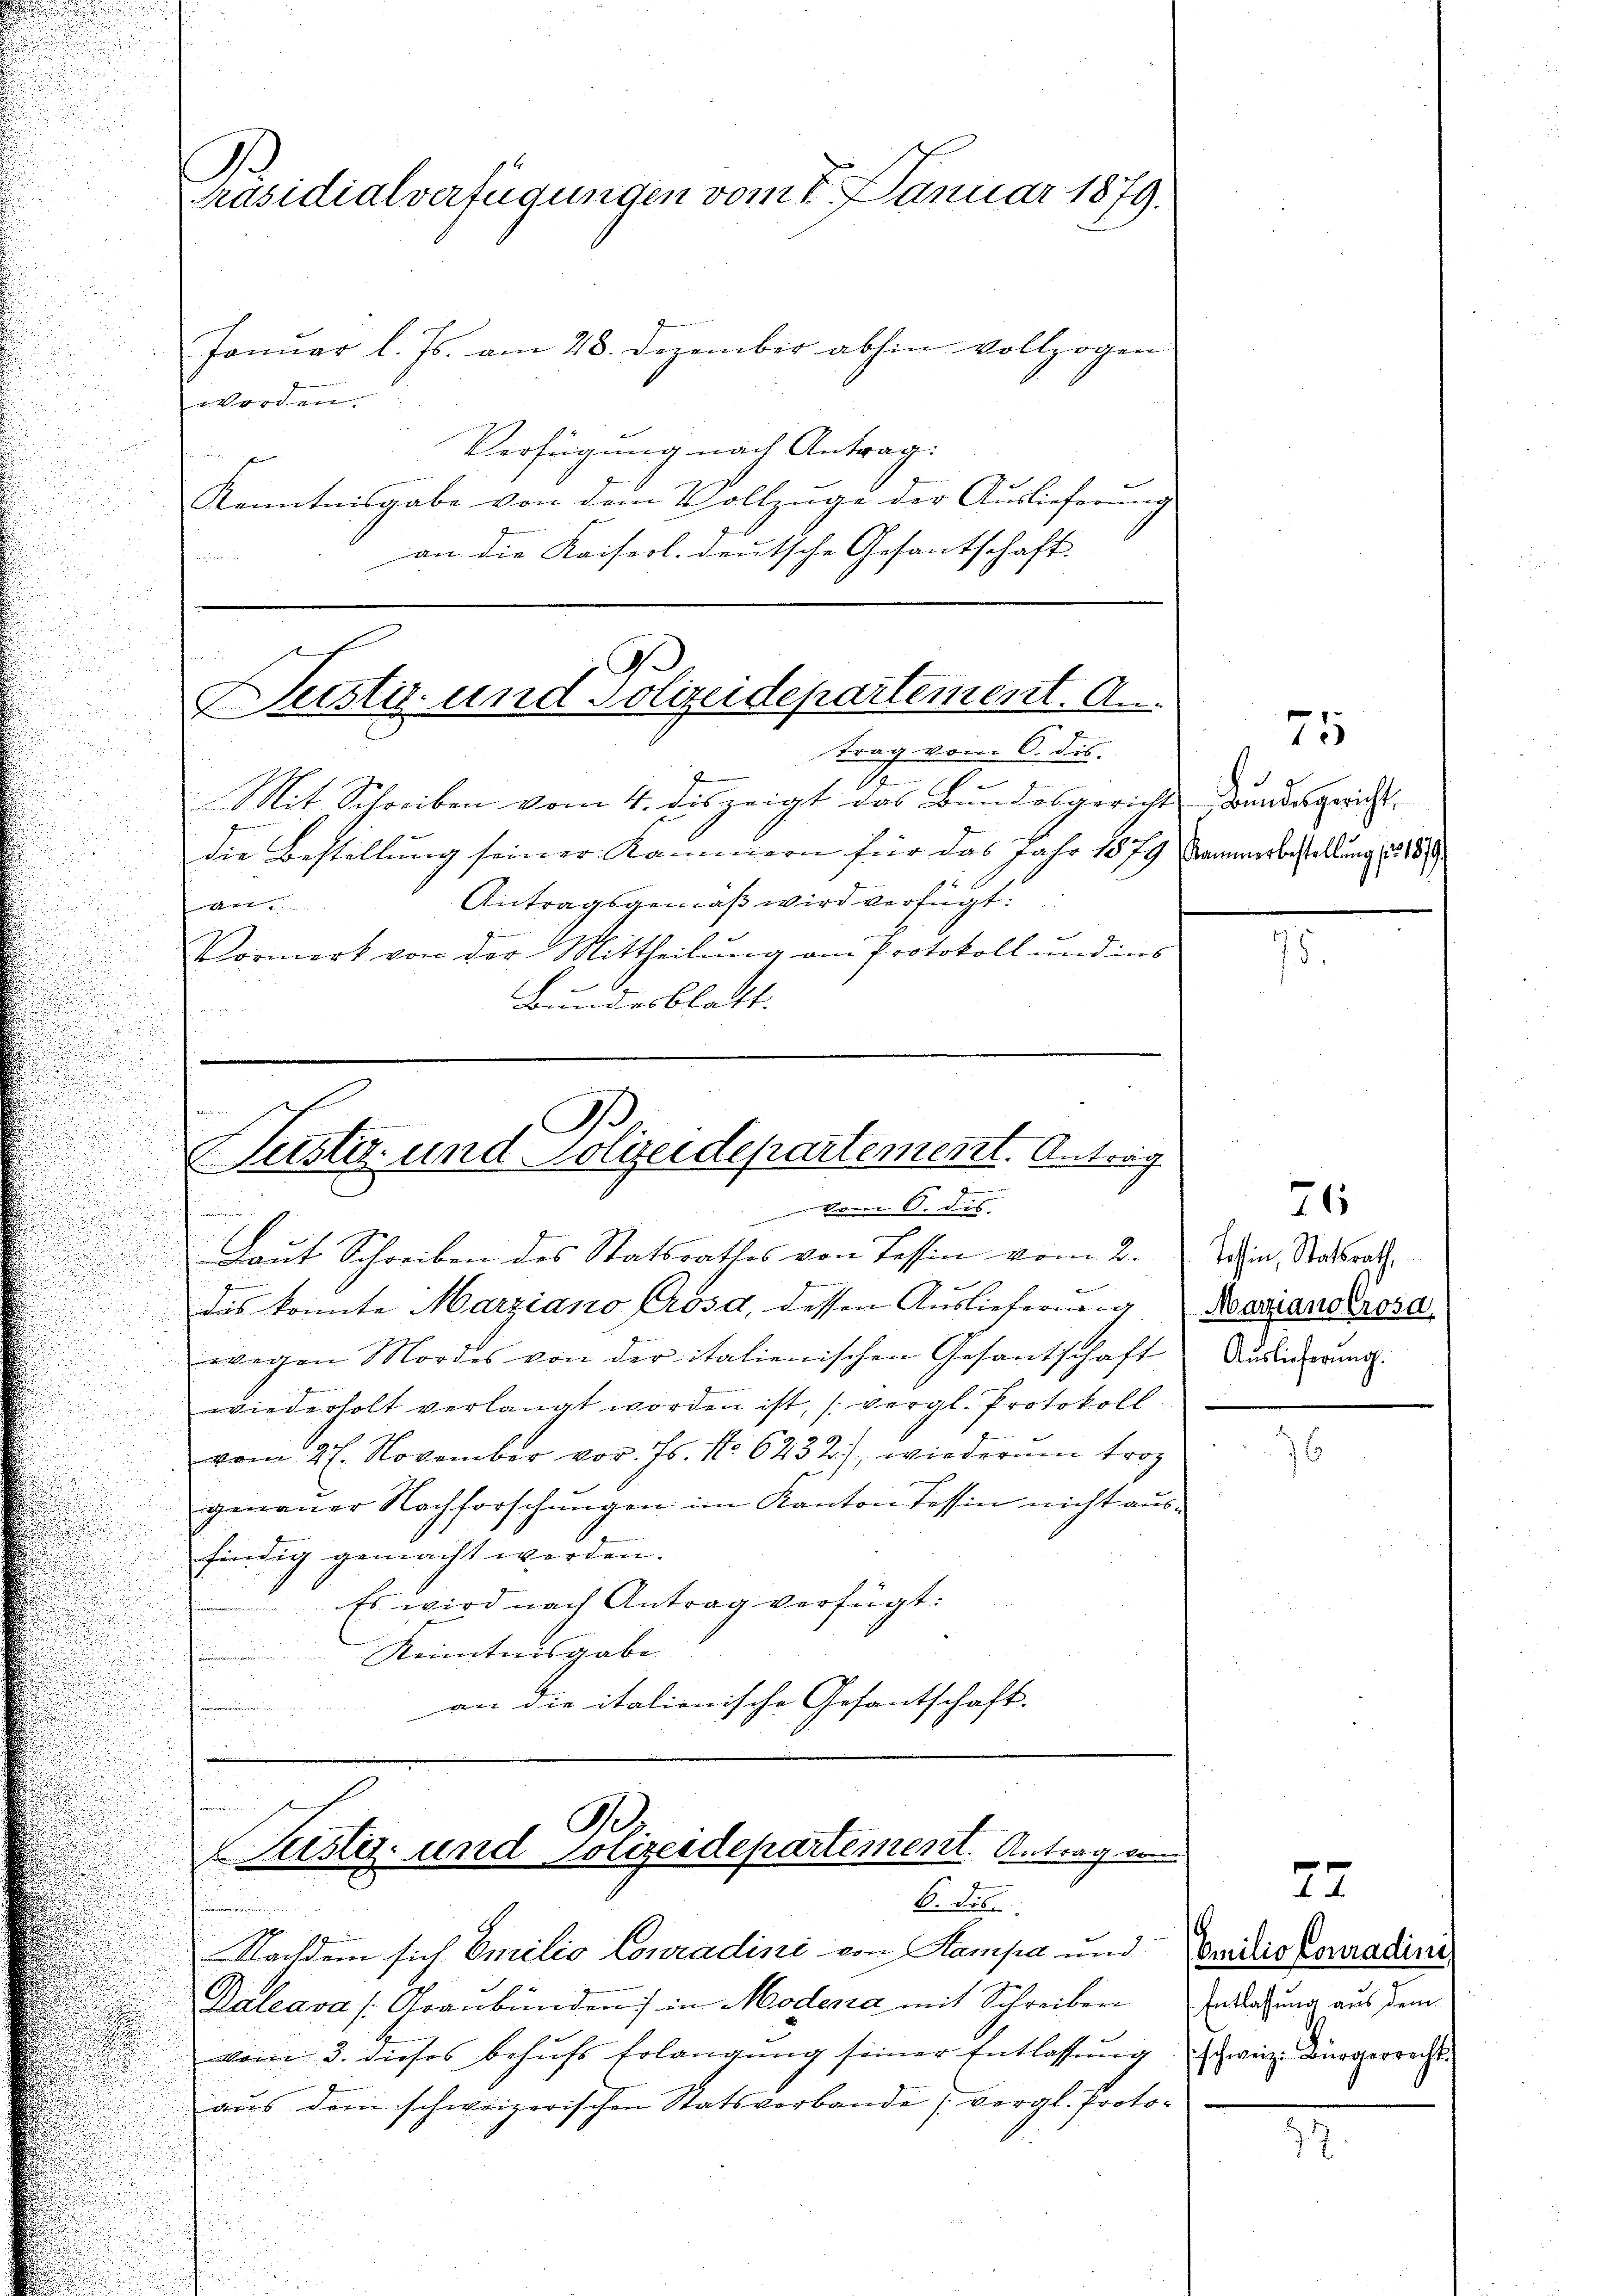
S
Präsidialverfügungen vom 7. Januar 1879.

Januar l. Js. am 28. Dezember abhin vollzogen
worden.
Verfügung nach Antrag:
Kenntnisgabe von dem Vollzuge der Auslieferung
an die Kaiserl. deutsche Gesantschaft.

Mit Schreiben vom 4. diszeigt das Bundesgerichts, dann gerichdie Bestellung seiner Kammern für das Jahr 1879
Antragsgemäß wird verfügt:

Vormerk von der Mittheilung am Protokoll und ins
Bundesblatt.

Laut Schreiben des Statsrathes von Tessin vom 2. Dahin, Stadtsrath
dis konnte Marziano Prosa, dessen Aŭslieferung Nestand rosa
wegen Mordes von der italienischen Gesantschaft
wiederholt verlangt worden ist, (vergl. Protokoll
vom 27. November vor. Js. No 623 2), wiederum troz
genauer Nachforschungen im Kanton Tessin nicht ausfindig gemacht werden.
Es wird nach Antrag verfügt:
Kenntnisgabe
an die italienische Gesantschaft.

Justiz- und Polizeidepartement. A.
trag vom 6. ds.

Eisen
Justiz- und Polizeidepartement. Antrag
.
 vom 8. des

0
Justiz- und Polizeidepartement. Antrag von
6. die

Nachdem sich Emilio Conradini im Kampa und
Raleava (Graubünden) in Modena mit Schreiben
vom 3. dieses behufs Erlangung seiner Entlassung
aus dein schweizerischen Statsverbande vergl. Proto¬

75
Kammerbestellŭng f. 1879

26

Auslieferung.

.
Omilio Conradine
Entlassung aus dem
schweiz. Bürgerrechts